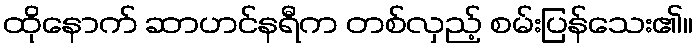
ထိုနောက် ဆာဟင်နရီက တစ်လှည့် စမ်းပြန်သေး၏။